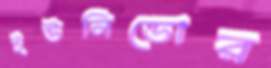
ইউনিডোর